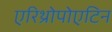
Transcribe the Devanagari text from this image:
एरिथ्रोपोएटिन